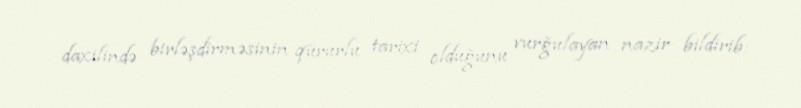
daxilində birləşdirməsinin qürurlu tarixi olduğunu vurğulayan nazir bildirib: